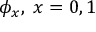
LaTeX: \phi _ { x } , \; x = 0 , 1